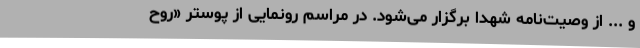
و ... از وصیت‌نامه شهدا برگزار می‌شود. در مراسم رونمایی از پوستر «روح